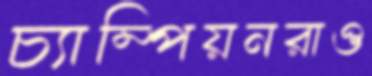
চ্যাম্পিয়নরাও